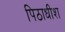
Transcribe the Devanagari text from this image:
पिठाधीश